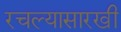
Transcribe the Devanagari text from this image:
रचल्यासारखी